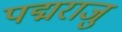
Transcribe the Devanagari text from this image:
पद्मराजु